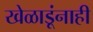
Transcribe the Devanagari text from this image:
खेळाडूंनाही